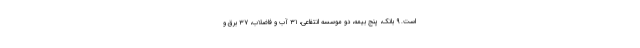
است. ۹ بانک، پنج بیمه، دو موسسه انتفاعی، ۳۱ آب و فاضلاب، ۳۷ برق و